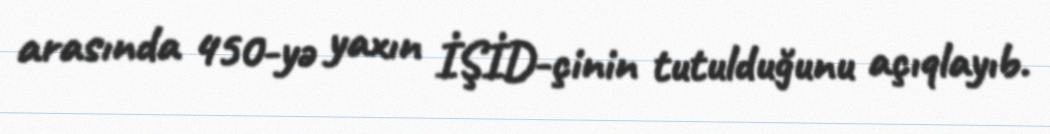
arasında 450-yə yaxın İŞİD-çinin tutulduğunu açıqlayıb.